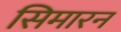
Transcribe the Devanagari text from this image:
सिमारन